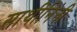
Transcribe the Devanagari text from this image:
साथीनिंनी